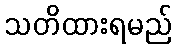
သတိထားရမည်